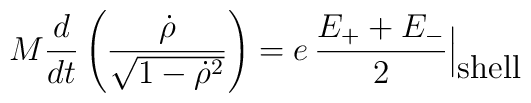
M\frac{d}{dt}\left(\frac{{\dot\rho}}{\sqrt{1-{\dot\rho}^2}}\right)=e\,\frac{E_+ + E_-}{2}\Bigl |_{\textstyle\mbox{shell}}